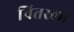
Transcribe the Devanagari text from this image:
वितरला